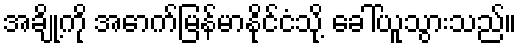
အချို့ကို အောက်မြန်မာနိုင်ငံသို့ ခေါ်ယူသွားသည်။